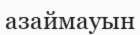
азаймауын